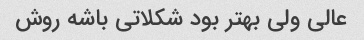
عالی ولی بهتر بود شکلاتی باشه روش